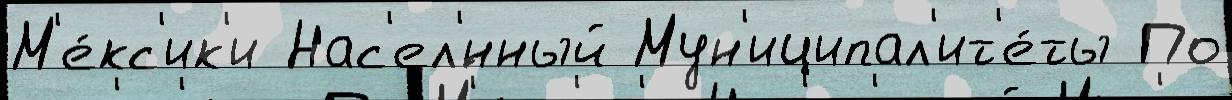
М'е́кс'ик'и Нас'ел'́нный Мун'иципал'ит'е́ты По